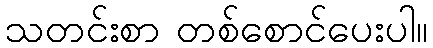
သတင်းစာ တစ်စောင်ပေးပါ။